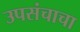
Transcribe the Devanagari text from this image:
उपसंचाचा